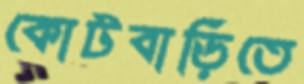
কোটবাড়িতে